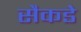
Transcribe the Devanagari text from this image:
सैकडे